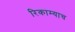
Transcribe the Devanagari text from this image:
रिकाम्याच